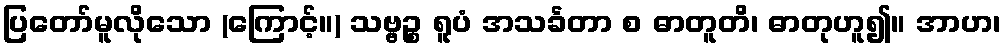
ပြတော်မူလိုသော (ကြောင့်။) သဗ္ဗဉ္စ ရူပံ အသင်္ခတာ စ ဓာတူတိ၊ ဓာတုဟူ၍။ အာဟ၊